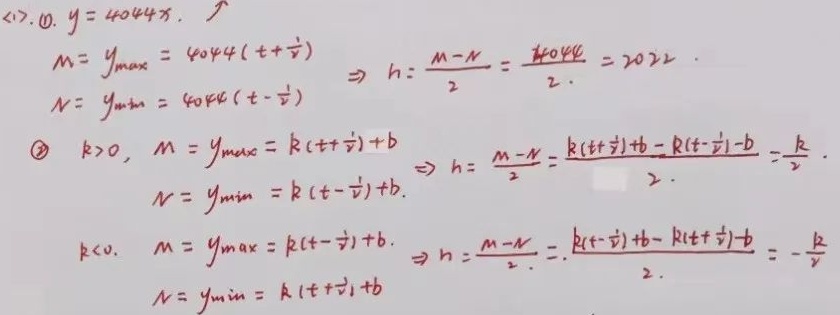
(1).
\textcircled{1}. \(y = 4044x\)，\(M=y_{\max}=4044(t + \frac{1}{t})\)，\(N=y_{\min}=4044(t-\frac{1}{t})\)，\(\Rightarrow h=\frac{M - N}{2}=\frac{4044}{2}=2022\)。
\textcircled{2}. 当\(k>0\)时，\(M = y_{\max}=k(t+\frac{1}{t})+b\)，\(N=y_{\min}=k(t - \frac{1}{t})+b\)，\(\Rightarrow h=\frac{M - N}{2}=\frac{k(t+\frac{1}{t})+b - k(t-\frac{1}{t})-b}{2}=\frac{k}{2}\)。
当\(k<0\)时，\(M = y_{\max}=k(t-\frac{1}{t})+b\)，\(N=y_{\min}=k(t+\frac{1}{t})+b\)，\(\Rightarrow h=\frac{M - N}{2}=\frac{k(t-\frac{1}{t})+b - k(t+\frac{1}{t})-b}{2}=-\frac{k}{2}\)。